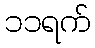
၁၁ရက်